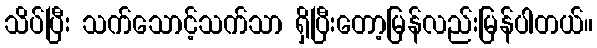
သိပ်ပြီး သက်သောင့်သက်သာ ရှိပြီးတော့မြန်လည်းမြန်ပါတယ်။